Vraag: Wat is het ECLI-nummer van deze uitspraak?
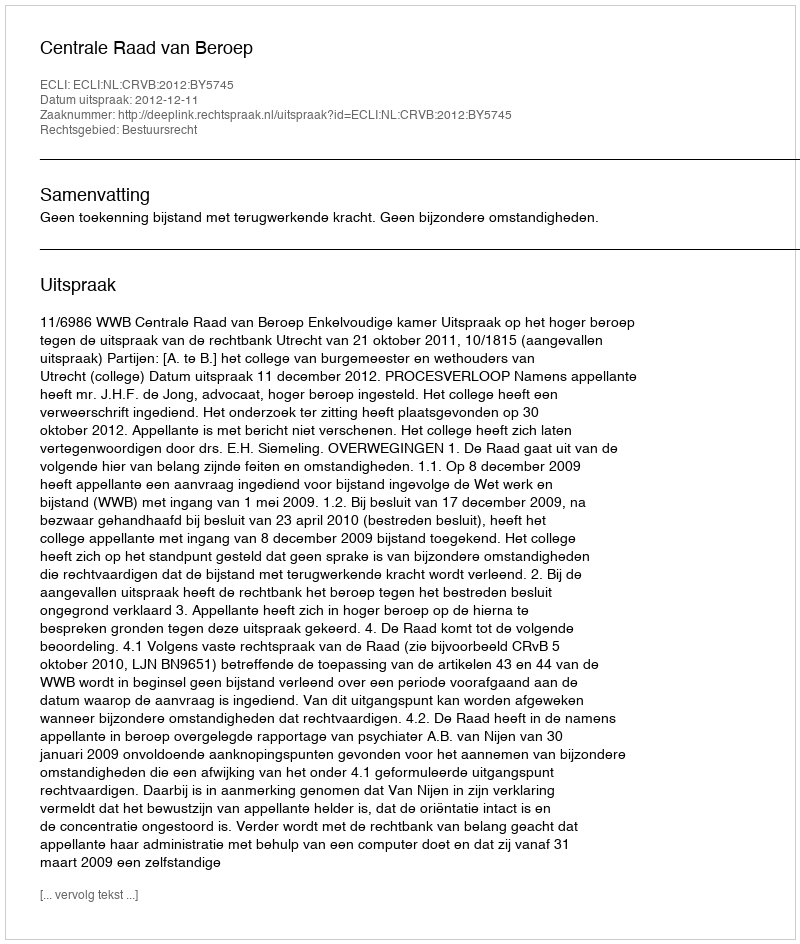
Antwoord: ECLI:NL:CRVB:2012:BY5745